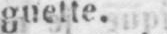
guette.